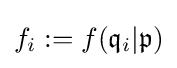
f_{i}:=f({\mathfrak {q}}_{i}|{\mathfrak {p}})